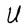
Character: U